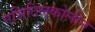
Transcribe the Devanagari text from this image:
एसिटिलकोलीन